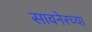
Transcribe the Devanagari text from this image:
सावनेरच्या